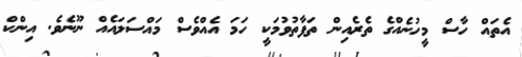
އެތައް ހާސް މީހުނެއްގެ ތެރެއިން ތަފާތުވުމަކީ ހަމަ އެއްވެސް މައްސަލައެއް ނޫނެވެ. އިންކް